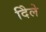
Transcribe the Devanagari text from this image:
दिेले